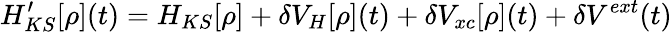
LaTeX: H_{KS}^{\prime}[\rho](t)=H_{KS}[\rho]+\delta V_{H}[\rho](t)+\delta V_{xc}[\rho](t)+\delta V^{ext}(t)